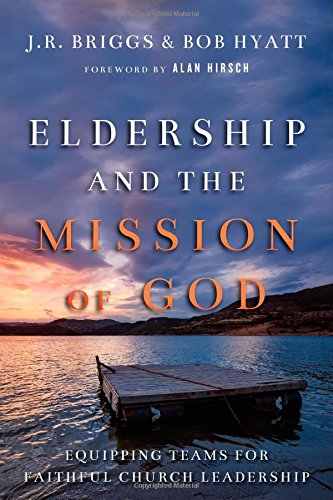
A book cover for Eldership and the Mission of God: Equipping Teams for Faithful Church Leadership; J.R. Briggs; Christian Books & Bibles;